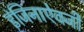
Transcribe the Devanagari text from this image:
इंजिनाऐवजी